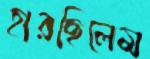
হারছিলেম